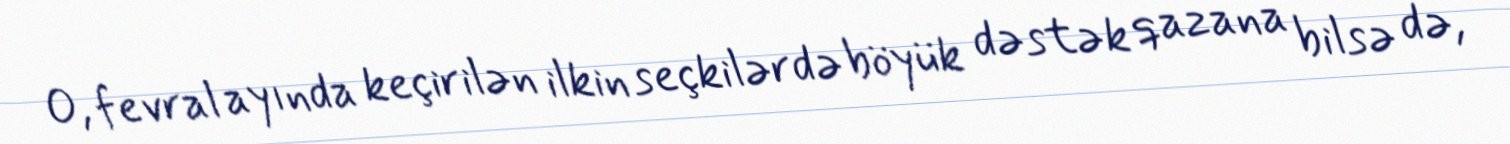
O, fevral ayında keçirilən ilkin seçkilərdə böyük dəstək qazana bilsə də,